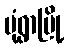
မုံရွာမြို့